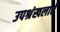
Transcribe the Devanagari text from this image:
उपश्रंखलाएँ